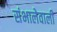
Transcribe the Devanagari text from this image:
संभालेवाली